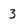
Character: 3